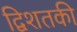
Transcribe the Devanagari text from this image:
द्विशतकी